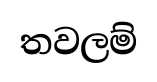
තවලම්